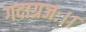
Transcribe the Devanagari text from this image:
गदाग्रजः।।